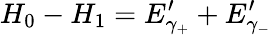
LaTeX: H_{0}-H_{1}=E_{\gamma_{+}}^{\prime}+E_{\gamma_{-}}^{\prime}